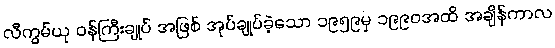
လီကွမ်ယု ဝန်ကြီးချုပ် အဖြစ် အုပ်ချုပ်ခဲ့သော ၁၉၅၉မှ ၁၉၉၀အထိ အချိန်ကာလ